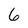
Character: 6